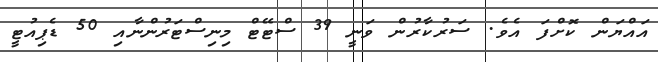
އައްޔަން ކޮށްފަ އެވެ. ސަރުކާރުން ވަނީ 39 ސްޓޭޓް މިނިސްޓަރުންނާއި 50 ޑެޕިއުޓީ